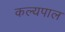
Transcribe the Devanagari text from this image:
कल्यपाल